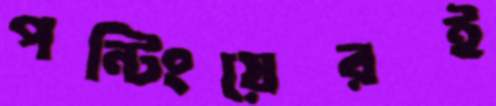
পন্টিংয়েরই